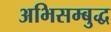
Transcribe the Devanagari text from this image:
अभिसम्बुद्ध